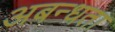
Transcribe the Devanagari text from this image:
अबन्धता